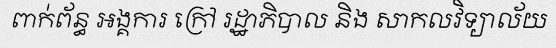
ពាក់ព័ន្ធ អង្គការ ក្រៅ រដ្ឋាភិបាល និង សាកលវិទ្យាល័យ